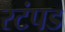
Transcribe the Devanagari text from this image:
स्टंपड